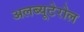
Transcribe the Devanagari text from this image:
अलब्यूटेरोल